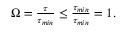
\begin{array} { r } { \Omega = \frac { \tau } { \tau _ { m i n } } \leq \frac { \tau _ { m i n } } { \tau _ { m i n } } = 1 . } \end{array}